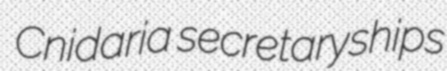
Cnidaria secretaryships